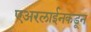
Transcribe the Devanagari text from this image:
एअरलाईनकडून